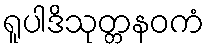
ရူပါဒိသုတ္တနဝကံ